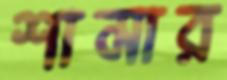
শামার